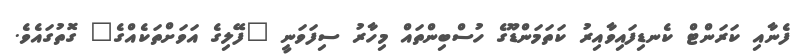
ފެނާއި ކަރަންޓް ކެނޑިފައިވާއިރު ކަތަމަންޑޫގެ ހުސްބިންތައް މިހާރު ސިފަވަނީ "ފޭލިގެ އަވަށްތަކެއްގެ" ގޮތުގައެވެ.